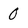
Character: 0